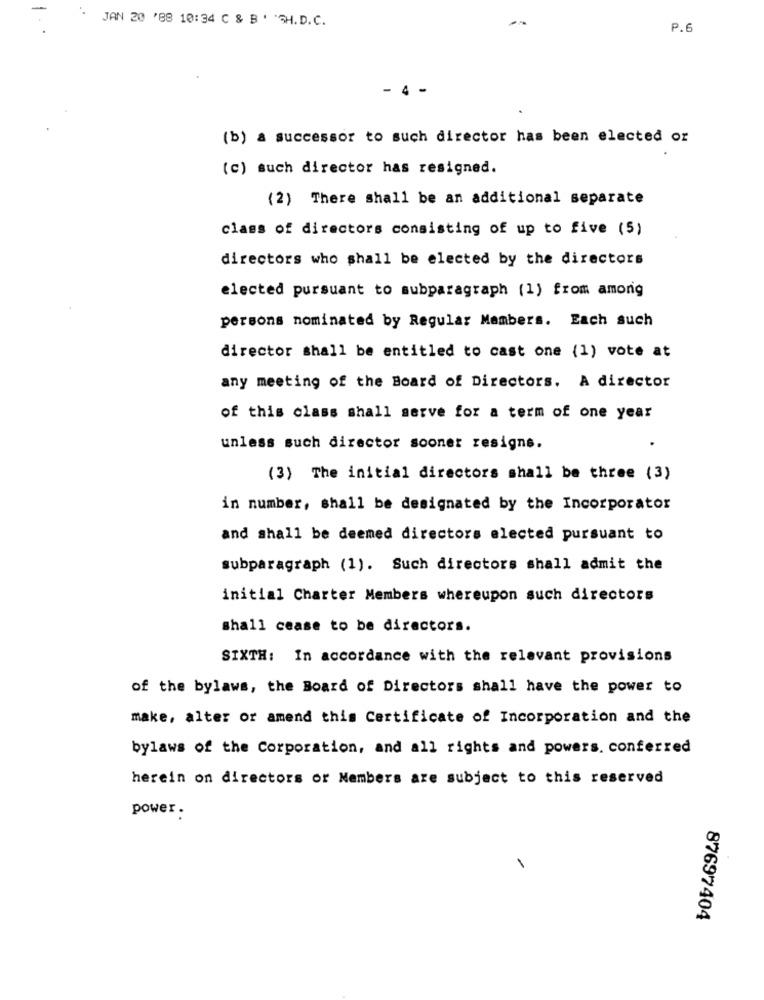
JAN 20 '88 10:34 C & B ' 'GH.D.C.
P.6
- 4 -
(b) a successor to such director has been elected or
(c) such director has resigned.
(2) There shall be an additional separate
class of directors consisting of up to five (5)
directors who shall be elected by the directors
elected pursuant to subparagraph (1) from among
persons nominated by Regular Members. Each such
director shall be entitled to cast one (1) vote at
any meeting of the Board of Directors. A director
of this class shall serve for a term of one year
unless such director sooner resigns.
(3) The initial directors shall be three (3)
in number, shall be designated by the Incorporator
and shall be deemed directors elected pursuant to
subparagraph (1). Such directors shall admit the
initial Charter Members whereupon such directors
shall cease to be directors.
SIXTH: In accordance with the relevant provisions
of the bylaws, the Board of Directors shall have the power to
make, alter or amend this Certificate of Incorporation and the
bylaws of the Corporation, and all rights and powers. conferred
herein on directors or Members are subject to this reserved
power .
87697404